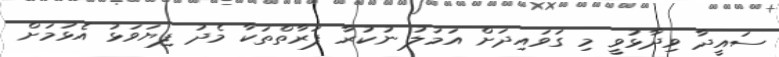
ސައީދާ ވިދާޅުވީ މި ގަވައިދަށް އަމަލު ނުކުރާ ފަރާތްތަކާ މެދު ފިޔަވަޅު އެޅުމަށް